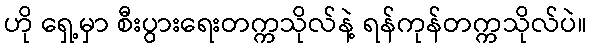
ဟို ရှေ့မှာ စီးပွားရေးတက္ကသိုလ်နဲ့ ရန်ကုန်တက္ကသိုလ်ပဲ။